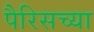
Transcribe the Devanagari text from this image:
पैरिसच्या